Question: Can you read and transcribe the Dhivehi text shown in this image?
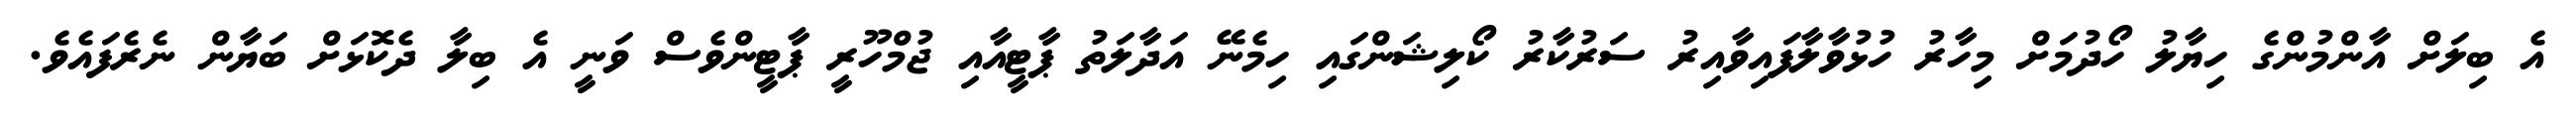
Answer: އެ ބިލަށް އާންމުންގެ ހިޔާލު ހޯދުމަށް މިހާރު ހުޅުވާލާފައިވާއިރު ސަރުކާރު ކޯލިޝަންގައި ހިމެނޭ އަދާލަތު ޕާޓީއާއި ޖުމްހޫރީ ޕާޓީންވެސް ވަނީ އެ ބިލާ ދެކޮޅަށް ބަޔާން ނެރެފައެވެ.